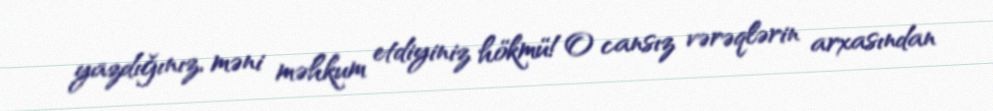
yazdığınız, məni məhkum etdiyiniz hökmü!O cansız vərəqlərin arxasından